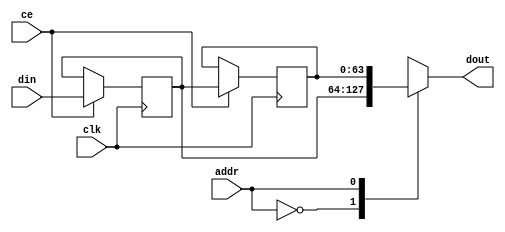
// ==============================================================
// File generated by Vivado(TM) HLS - High-Level Synthesis from C, C++ and SystemC
// Version: 2015.1
// Copyright (C) 2015 Xilinx Inc. All rights reserved.
// 
// ==============================================================


`timescale 1 ns / 1 ps

module ip_handler_length_check_wordBuffer_Array_data_V_core (
    clk,
    ce,
    din,
    addr,
    dout);

parameter DATA_WIDTH = 32'd64;
parameter ADDR_WIDTH = 32'd1;
parameter DEPTH = 32'd2;

input clk;
input ce;
input [DATA_WIDTH-1:0] din;
input [ADDR_WIDTH-1:0] addr;
output [DATA_WIDTH-1:0] dout;


reg[DATA_WIDTH-1:0] ShiftRegMem[0:DEPTH-1];
integer i;

initial
begin
    for(i=0;i<DEPTH;i=i+1)
        ShiftRegMem[i] <= {DATA_WIDTH{1'b0}};
end

always @ (posedge clk)
begin
    if (ce)
    begin
        for(i=0;i<DEPTH-1;i=i+1)
            ShiftRegMem[i+1] <= ShiftRegMem[i];
        ShiftRegMem[0] <= din;
    end
end

assign dout = ShiftRegMem[addr];

endmodule

module ip_handler_length_check_wordBuffer_Array_data_V (
    clk,
    reset,
    address0,
    ce0,
    we0,
    d0,
    q0);

parameter DataWidth = 32'd64;
parameter AddressRange = 32'd2;
parameter AddressWidth = 32'd1;

input clk;
input reset;
input [AddressWidth-1:0] address0;
input ce0;
input we0;
input [DataWidth-1:0] d0;
output [DataWidth-1:0] q0;

ip_handler_length_check_wordBuffer_Array_data_V_core #(
    .DATA_WIDTH( DataWidth ),
    .ADDR_WIDTH( AddressWidth ),
    .DEPTH( AddressRange ))
ip_handler_length_check_wordBuffer_Array_data_V_core_U(
    .clk(clk),
    .ce(we0),
    .din(d0),
    .addr(address0),
    .dout(q0)
);

endmodule